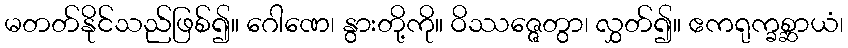
မတတ်နိုင်သည်ဖြစ်၍။ ဂေါဏေ၊ နွားတို့ကို။ ဝိဿဇ္ဇေတွာ၊ လွှတ်၍။ ဧကရုက္ခစ္ဆာယံ၊